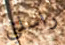
راسلني